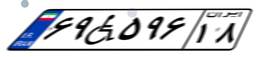
۷۳W۲۳۸۸۸